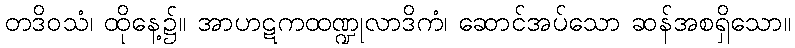
တဒိဝသံ၊ ထိုနေ့၌။ အာဟဋကထဏ္ဍုလာဒိကံ၊ ဆောင်အပ်သော ဆန်အစရှိသော။